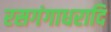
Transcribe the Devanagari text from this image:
रसगंगाधरादि